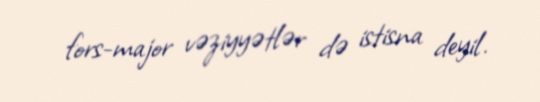
fors-major vəziyyətlər də istisna deyil.